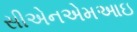
સીએનએમઆઇ